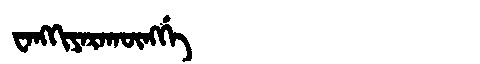
Manchu: ᠸᠠᠩᡴᡳᠶᠠᡵᠠᡴᡡᠩᡤᡝ
Romanization: WANGKIYARAKŪNGGE